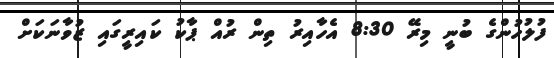
ފުލުހުންގެ ބުނީ މިރޭ 8:30 އެހާއިރު ތިން ރުއް ޕާކު ކައިރީގައި ޒުވާނަކަށް